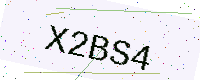
Text: X2BS4